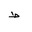
Letter: _da